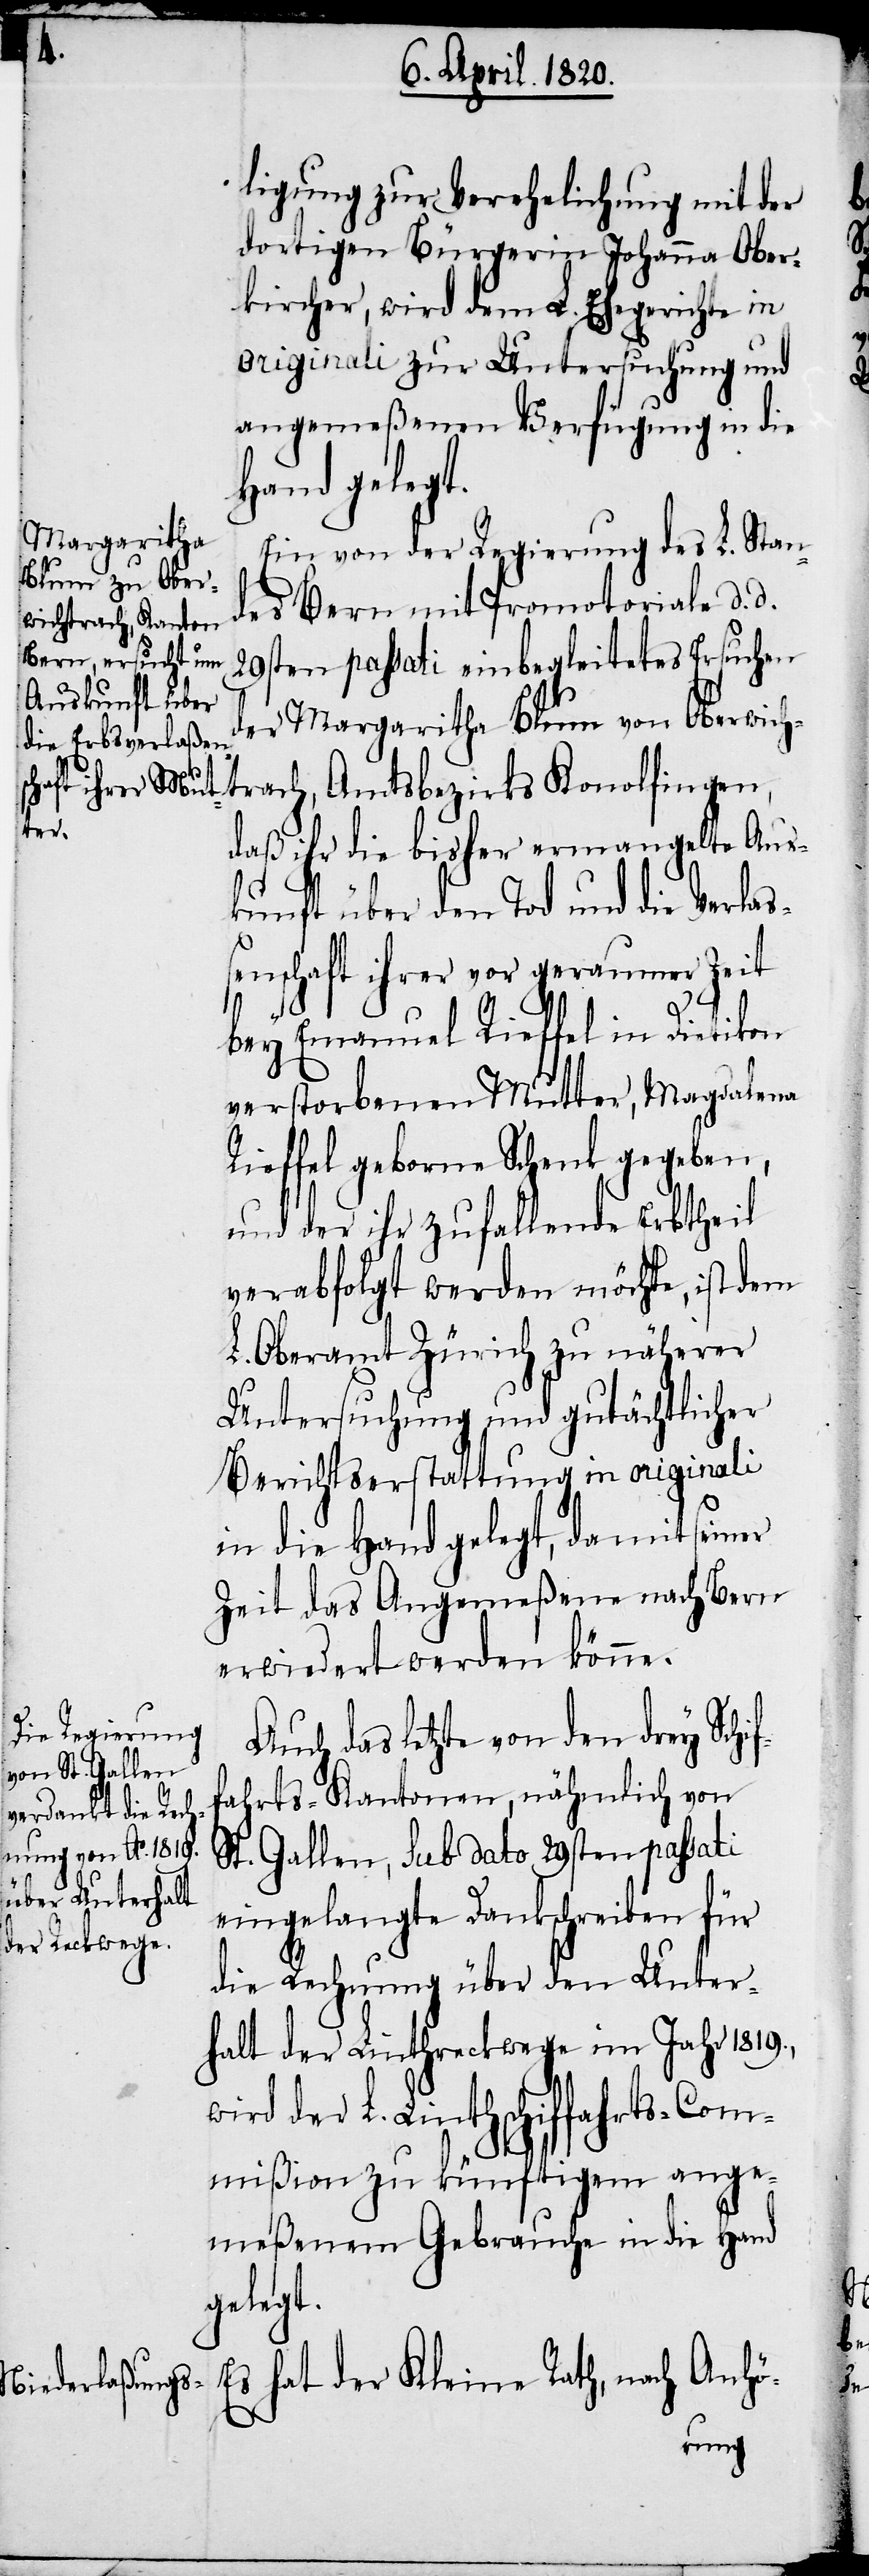
ligung zur Verehelichung mit der
dortigen Bürgerin Johanna Ober¬
kircher, wird dem L. Ehegerichte in
originali zur Untersuchung und
angemeßenen Verfügung in die
Hand gelegt.
Ein von der Regierung des L. Stan¬
des Bern mit Promotoriale d. d.
20sten passati einbegleitetes Ersuchen
der Margaritha Blum von Oberwich¬
trach, Amtsbezirks Konolfingen,
daß ihr die bisher ermangelte Aus¬
kunft über den Tod und die Verlas¬
senschaft ihrer vor geraumer Zeit
bey Emanuel Rieffel in Dietikon
verstorbene Mutter, Magdalena
Rieffel geborne Schenk gegeben,
und der ihr zufallende Erbtheil
verabfolgt werden möchte, ist dem
L. Oberamt Zürich zu näherer
Untersuchung und gutächtlicher
Berichtserstattung in originali
in die Hand gelegt, damit seiner
Zeit das Angemeßene nach Bern
erwiedert werden könne.
Auch das letzte von den drey Schif¬
fahrts-Kantonen, nämlich von
eingelangte Dankschreiben für
die Rechnung über den Unter¬
halt der Linthreckwege im Jahr 1819.,
wird der L. Linthschiffahrts-Com¬
mißion zu künftigem ange¬
meßenem Gebrauche in die Hand
gelegt.
Es hat der Kleine Rath, nach Anhö-